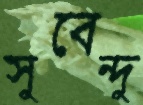
সুবেন্দু